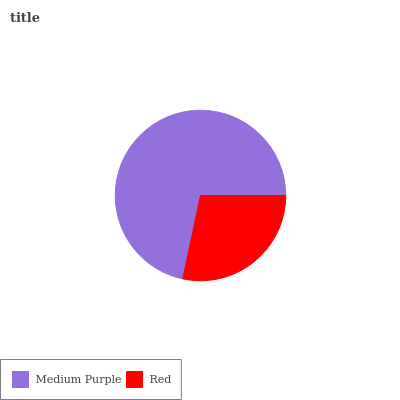
| Medium Purple | Red |
 | --- | --- |
 | 71.7% | 28.3% |